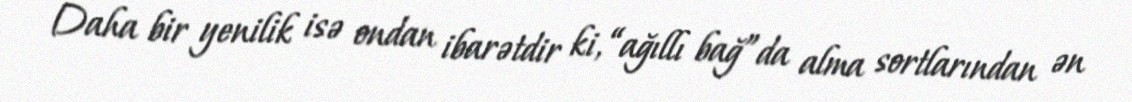
Daha bir yenilik isə ondan ibarətdir ki, “ağıllı bağ”da alma sortlarından ən